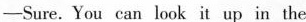
-Sure. You can look it up in the